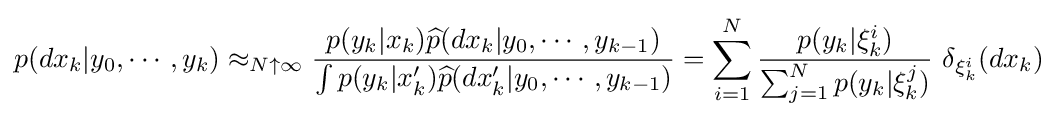
p(dx_{k}|y_{0},\cdots ,y_{k})\approx _{N\uparrow \infty }{\frac {p(y_{k}|x_{k}){\widehat {p}}(dx_{k}|y_{0},\cdots ,y_{k-1})}{\int p(y_{k}|x'_{k}){\widehat {p}}(dx'_{k}|y_{0},\cdots ,y_{k-1})}}=\sum _{i=1}^{N}{\frac {p(y_{k}|\xi _{k}^{i})}{\sum _{j=1}^{N}p(y_{k}|\xi _{k}^{j})}}~\delta _{\xi _{k}^{i}}(dx_{k})